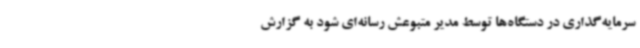
سرمایه‌گذاری در دستگاه‌ها توسط مدیر متبوعش رسانه‌ای شود به گزارش